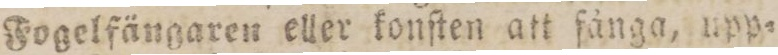
Fogelfängaren eller konſten att fånga, upp=